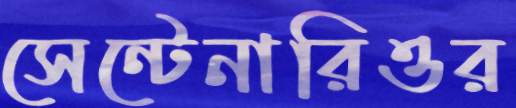
সেন্টেনারিওর